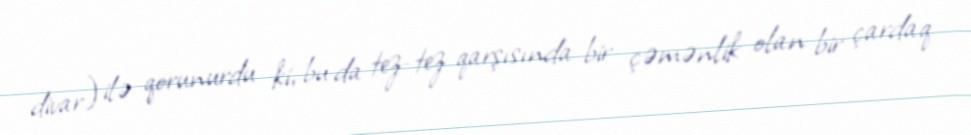
divar) ilə qorunurdu ki, bu da tez-tez qarşısında bir çəmənlik olan bir çardaq